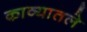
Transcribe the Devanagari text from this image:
काव्यातले